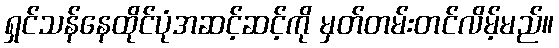
ရှင်သန်နေထိုင်ပုံအဆင့်ဆင့်ကို မှတ်တမ်းတင်လိမ့်မည်။